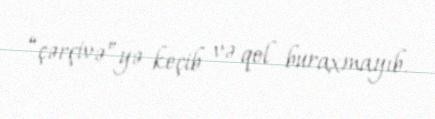
“çərçivə”yə keçib və qol buraxmayıb.